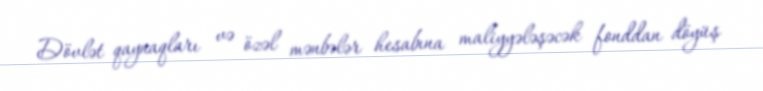
Dövlət qaynaqları və özəl mənbələr hesabına maliyyələşəcək fonddan döyüş